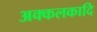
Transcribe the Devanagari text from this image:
अक्कलकादि